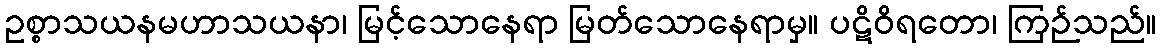
ဥစ္စာသယနမဟာသယနာ၊ မြင့်သောနေရာ မြတ်သောနေရာမှ။ ပဋိဝိရတော၊ ကြဉ်သည်။